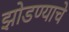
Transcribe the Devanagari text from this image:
झोडण्याचे